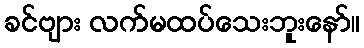
ခင်ဗျား လက်မထပ်သေးဘူးနော်။